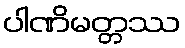
ပါဏိမတ္တဿ